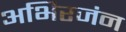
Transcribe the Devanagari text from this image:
अभिरजंन